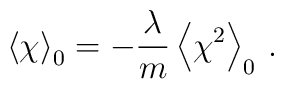
\left\langle  \chi \right\rangle_0 =-\frac{\lambda}{m}\left\langle  \chi^2 \right\rangle_0\,.